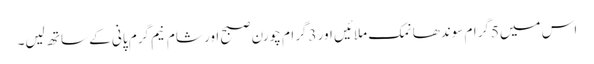
اس میں5گرام سوندھا نمک ملائیں اور 3گرام چورن صبح اور شام نیم گرم پانی کے ساتھ لیں۔